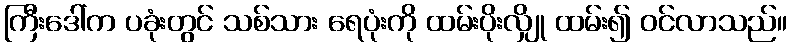
ကြီးဒေါ်က ပခုံးတွင် သစ်သား ရေပုံးကို ထမ်းပိုးလျှို ထမ်း၍ ဝင်လာသည်။